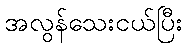
အလွန်သေးငယ်ပြီး